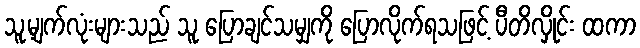
သူ့မျက်လုံးများသည် သူ ပြောချင်သမျှကို ပြောလိုက်ရသဖြင့် ပီတိလှိုင်း ထကာ